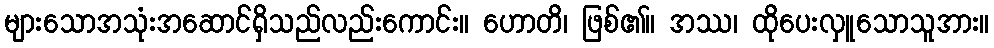
များသောအသုံးအဆောင်ရှိသည်လည်းကောင်း။ ဟောတိ၊ ဖြစ်၏။ အဿ၊ ထိုပေးလှူသောသူအား။